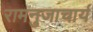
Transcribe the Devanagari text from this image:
रामनुजाचार्य